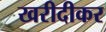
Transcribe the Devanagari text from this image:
खरीदीकर